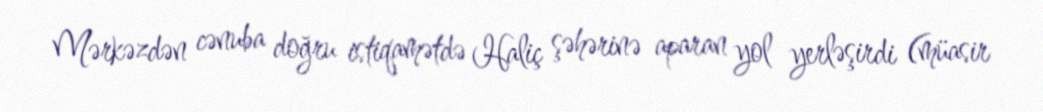
Mərkəzdən cənuba doğru istiqamətdə Haliç şəhərinə aparan yol yerləşirdi (müasir